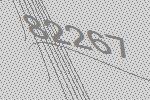
82267